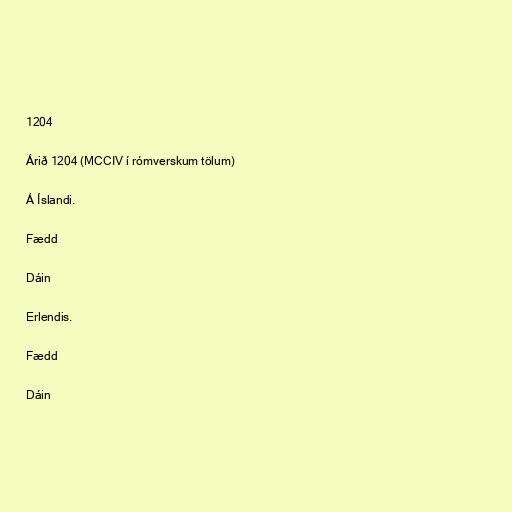
1204

Árið 1204 (MCCIV í rómverskum tölum)

Á Íslandi.

Fædd

Dáin

Erlendis.

Fædd

Dáin